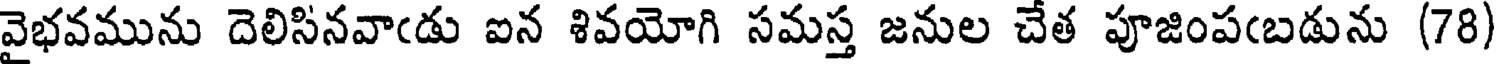
వైభవమును దెలిసినవాఁడు ఐన శివయోగి సమస్త జనుల చేత పూజింపఁబడును (78)